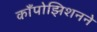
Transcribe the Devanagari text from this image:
काँपोझिशनने